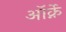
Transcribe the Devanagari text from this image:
ऑर्क्ने